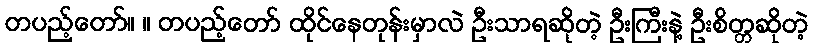
တပည့်တော်။ ။ တပည့်တော် ထိုင်နေတုန်းမှာလဲ ဦးသာရဆိုတဲ့ ဦးကြီးနဲ့ ဦးစိတ္တဆိုတဲ့